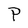
Character: P